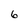
Character: 6